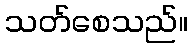
သတ်စေသည်။